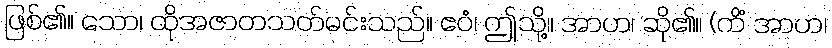
ဖြစ်၏။ သော၊ ထိုအဇာတသတ်မင်းသည်။ ဧဝံ၊ ဤသို့။ အာဟ၊ ဆို၏။ (ကိံ အာဟ၊